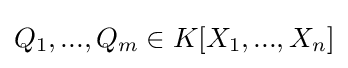
Q_{1},...,Q_{m}\in K[X_{1},...,X_{n}]